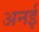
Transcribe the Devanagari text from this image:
अनई